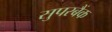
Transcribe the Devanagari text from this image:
सुपरबैंक